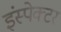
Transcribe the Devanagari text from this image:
इंस्‍पेक्‍टर